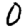
Digit: 0